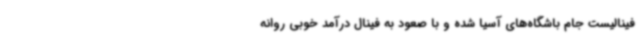
فینالیست جام باشگاه‌های آسیا شده و با صعود به فینال درآمد خوبی روانه